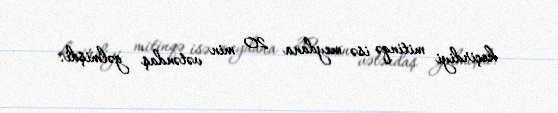
keçirdiyi mitinqə isə meydana 20 min vətəndaş gəlmişdi.